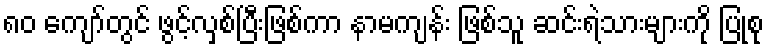
၈၀ ကျော်တွင် ဖွင့်လှစ်ပြီးဖြစ်ကာ နာမကျန်း ဖြစ်သူ ဆင်းရဲသားများကို ပြုစု